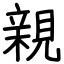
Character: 親